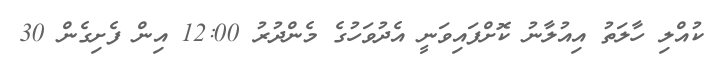
ކުއްލި ހާލަތު އިއުލާނު ކޮށްފައިވަނީ އެދުވަހުގެ މެންދުރު 12:00 އިން ފެށިގެން 30